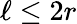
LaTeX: \ell\le 2r